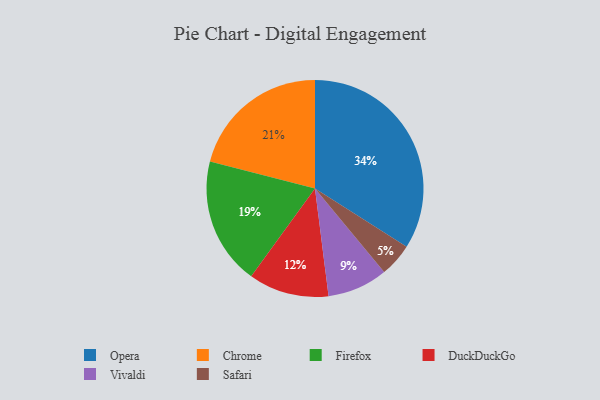
{"axis": {"x": "Category", "y": "Percentage"}, "legend": ["Chrome", "DuckDuckGo", "Firefox", "Opera", "Safari", "Vivaldi"], "data": [{"x": "Vivaldi", "y": 9, "type": "Vivaldi"}, {"x": "Chrome", "y": 21, "type": "Chrome"}, {"x": "Safari", "y": 5, "type": "Safari"}, {"x": "DuckDuckGo", "y": 12, "type": "DuckDuckGo"}, {"x": "Opera", "y": 34, "type": "Opera"}, {"x": "Firefox", "y": 19, "type": "Firefox"}]}